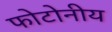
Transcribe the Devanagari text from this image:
फोटोनीय